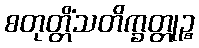
စတုတ္တိံသတိက္ခတ္တုဉ္စ